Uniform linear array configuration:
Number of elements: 24
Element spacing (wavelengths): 0.5
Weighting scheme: kaiser
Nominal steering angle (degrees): -15
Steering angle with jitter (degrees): -14.407
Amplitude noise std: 0.05
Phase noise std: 0.05

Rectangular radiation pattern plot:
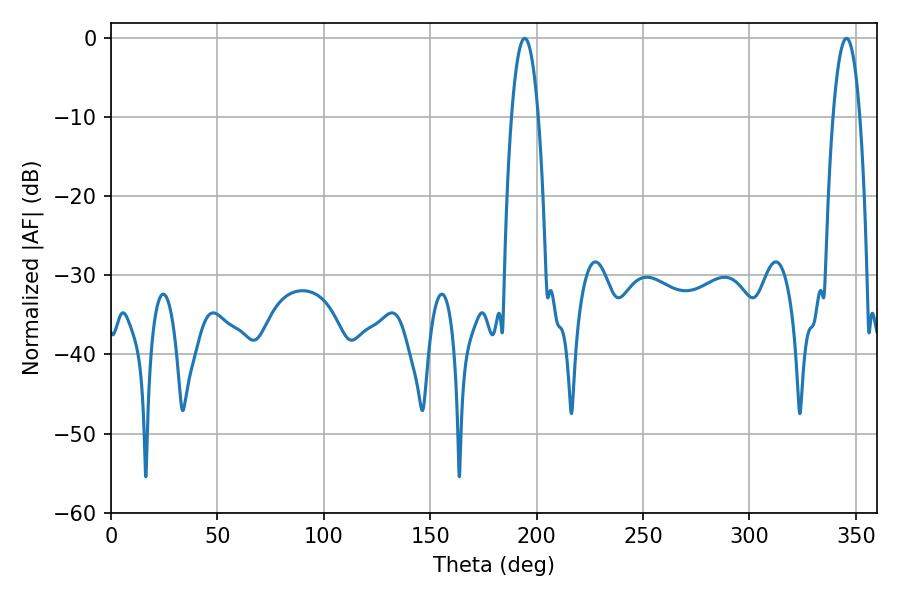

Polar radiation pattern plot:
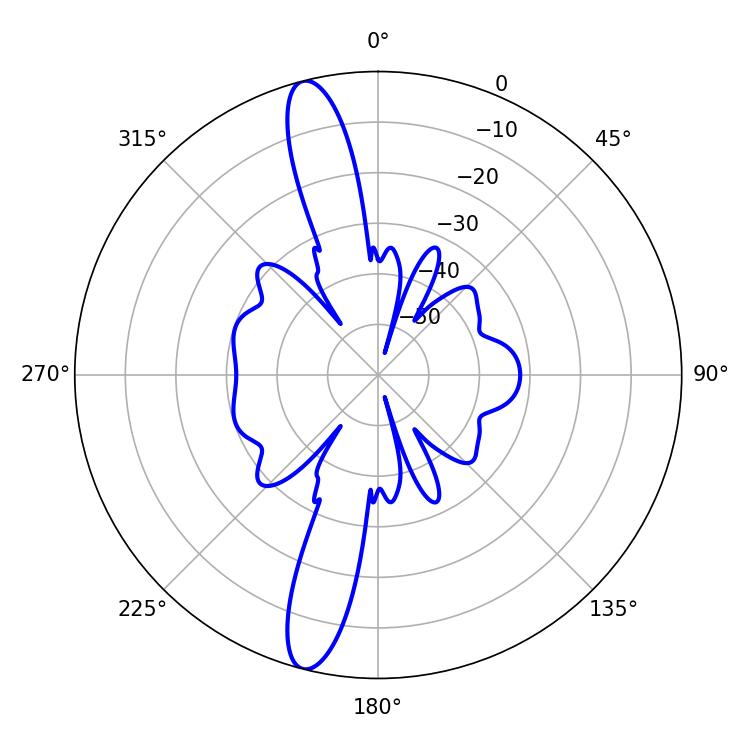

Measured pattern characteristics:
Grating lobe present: FALSE
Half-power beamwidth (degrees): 7.02
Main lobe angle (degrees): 194.4